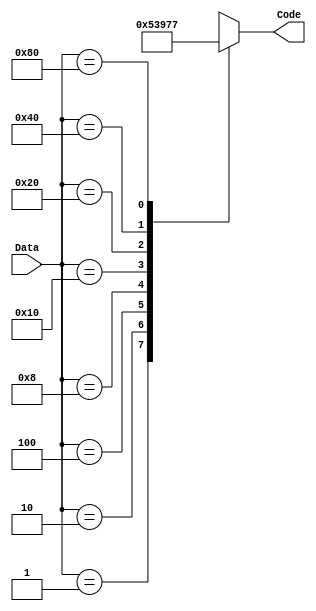
`timescale 1ns / 1ps
//////////////////////////////////////////////////////////////////////////////////
// Company: 
// Engineer: 
// 
// Design Name: 
// Module Name: Encoder_ifelse
// Project Name: 
// Target Devices: 
// Tool Versions: 
// Description: 
// 
// Dependencies: 
// 
// Revision:
// Revision 0.01 - File Created
// Additional Comments:
// 
//////////////////////////////////////////////////////////////////////////////////


module Encoder_case(
input [7:0] Data,

output reg [2:0] Code
    );
    
always @(*) 
begin
    case(Data)
        8'b0000_0001: Code = 0;
        8'b0000_0010: Code = 1;
        8'b0000_0100: Code = 2;
        8'b0000_1000: Code = 3;
        8'b0001_0000: Code = 4;
        8'b0010_0000: Code = 5;
        8'b0100_0000: Code = 6;
        8'b1000_0000: Code = 7;
        default: Code = 3'bx;
    endcase
end

endmodule